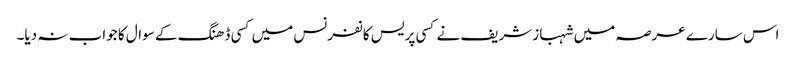
اس سارے عرصہ میں شہباز شریف نے کسی پریس کانفرنس میں کسی ڈھنگ کے سوال کا جواب نہ دیا۔